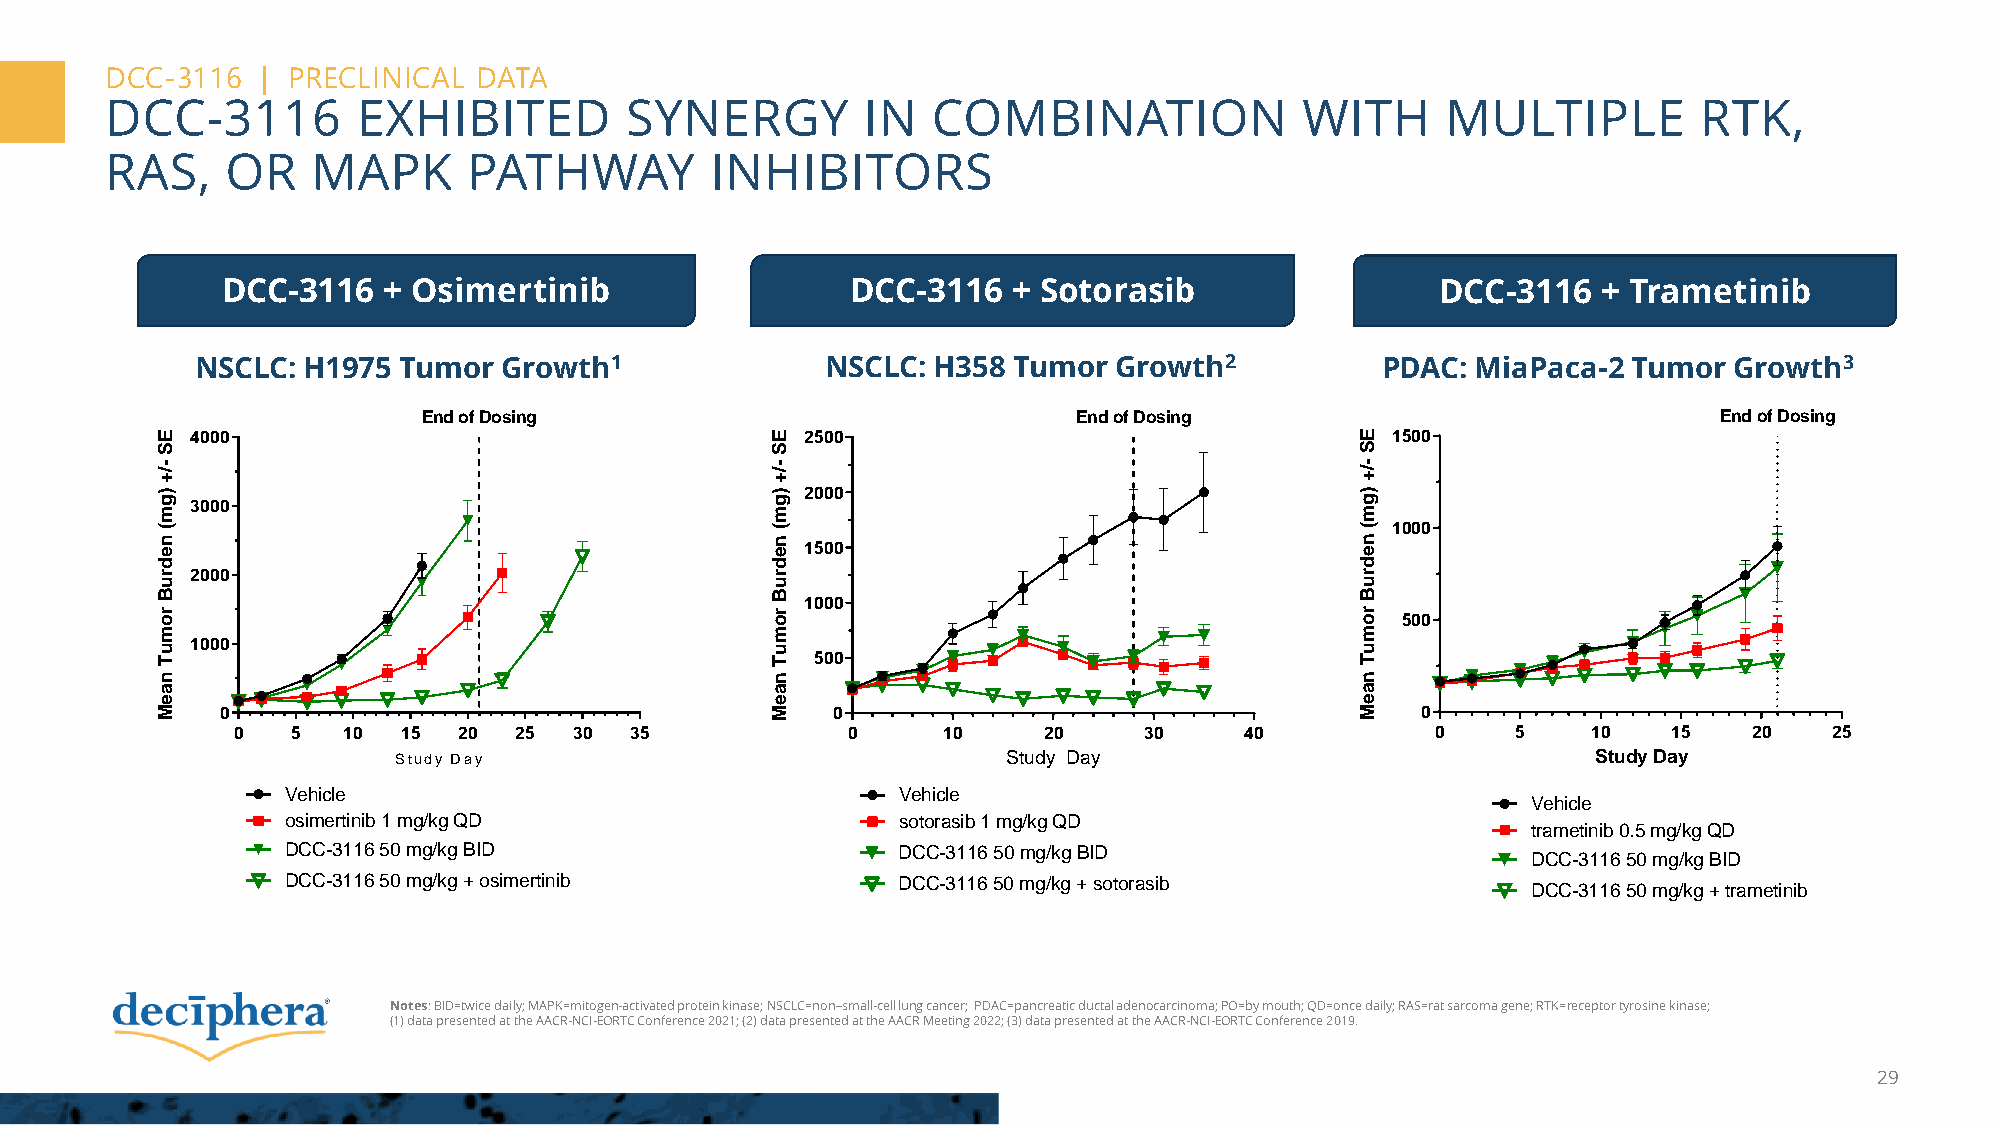
DCC-3116  | PRECLINICAL  DATA
 DCC-3116         EXHIBITED        SYNERGY         IN   COMBINATION             WITH      MULTIPLE        RTK,
 RAS,    OR    MAPK      PATHWAY         INHIBITORS
 DCC-3116  + Osimertinib                  DCC-3116   + Sotorasib                 DCC-3116   + Trametinib
 NSCLC: H1975 Tumor  Growth1               NSCLC: H358 Tumor  Growth2          PDAC:  MiaPaca-2 Tumor  Growth3
 End of Dosing                              End of Dosing                              End of Dosing
 E  4000                                  E 2500                                 E 1500
 S                                        S                                      S
 - /+                                     - /+                                   - /+
 ) g m 3000                               ) g m 2000                             ) g m
 (
 n e
 (
 n e 1500
 (
 n e
 1000
 d                                        d                                      d
 r u 2000                                 r u                                    r u
 B                                        B                                      B
 r o                                      r o
 1000
 r o 500
 m                                        m                                      m
 u  1000                                  u                                      u
 T                                        T  500                                 T
 n                                        n                                      n
 a                                        a                                      a
 e                                        e                                      e
 M    0                                   M   0                                  M   0
 0   5   10  15 20  25  30  35            0     10     20     30    40           0    5    10    15   20   25
 Study Day                                Study Day                              Study Day
 Vehicle                                 Vehicle
 Vehicle
 osimertinib 1 mg/kg QD                  sotorasib 1 mg/kg QD
 trametinib 0.5 mg/kg QD
 DCC-3116 50 mg/kg BID                   DCC-3116 50 mg/kg BID
 DCC-3116 50 mg/kg BID
 DCC-3116 50 mg/kg + osimertinib         DCC-3116 50 mg/kg + sotorasib
 DCC-3116 50 mg/kg + trametinib
 Notes: BID=twice daily; MAPK=mitogen-activated protein kinase;NSCLC=non–small-cell lung cancer; PDAC=pancreatic ductal adenocarcinoma; PO=by mouth; QD=once daily; RAS=rat sarcoma gene; RTK=receptor tyrosine kinase;
 (1) data presented at the AACR-NCI-EORTC Conference 2021; (2) data presented at the AACR Meeting 2022; (3) data presented at theAACR-NCI-EORTC Conference 2019.
 29